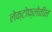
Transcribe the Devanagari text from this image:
लेक्टोफ्लेवीन